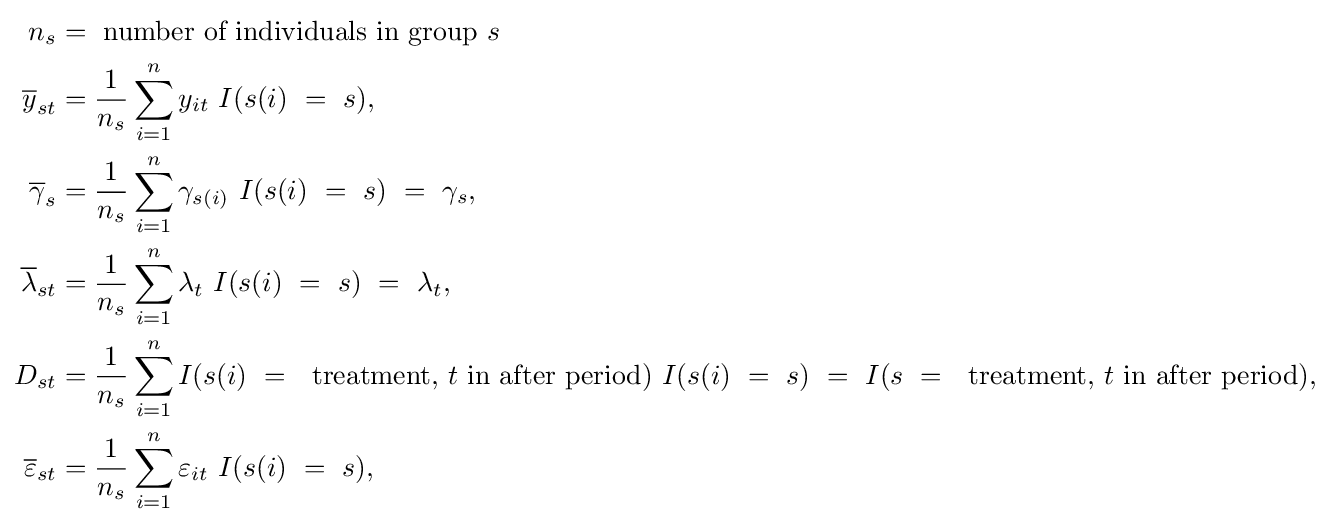
{\begin{aligned}n_{s}&={\text{ number of individuals in group }}s\\{\overline {y}}_{st}&={\frac {1}{n_{s}}}\sum _{i=1}^{n}y_{it}\ I(s(i)~=~s),\\{\overline {\gamma }}_{s}&={\frac {1}{n_{s}}}\sum _{i=1}^{n}\gamma _{s(i)}\ I(s(i)~=~s)~=~\gamma _{s},\\{\overline {\lambda }}_{st}&={\frac {1}{n_{s}}}\sum _{i=1}^{n}\lambda _{t}\ I(s(i)~=~s)~=~\lambda _{t},\\D_{st}&={\frac {1}{n_{s}}}\sum _{i=1}^{n}I(s(i)~=~{\text{ treatment, }}t{\text{ in after period}})\ I(s(i)~=~s)~=~I(s~=~{\text{ treatment, }}t{\text{ in after period}}),\\{\overline {\varepsilon }}_{st}&={\frac {1}{n_{s}}}\sum _{i=1}^{n}\varepsilon _{it}\ I(s(i)~=~s),\end{aligned}}